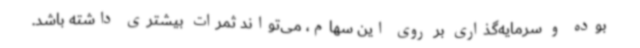
بوده و سرمایه‌گذاری بر روی این سهام، می‌تواند ثمرات بیشتری داشته باشد.